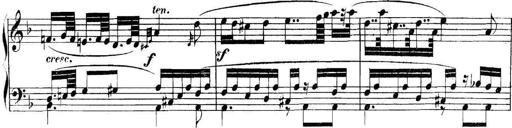
Title: Collected Piano Sonatas
Composer: Muzio Clementi